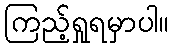
ကြည့်ရှုရမှာပါ။